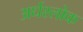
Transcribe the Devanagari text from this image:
अर्धश्लोक